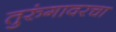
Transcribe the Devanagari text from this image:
तुरुंगावरचा